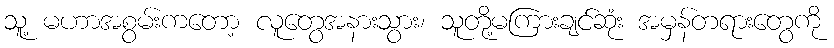
သူ့ မဟာအစွမ်းကတော့ လူတွေအနားသွား၊ သူတို့မကြားချင်ဆုံး အမှန်တရားတွေကို